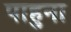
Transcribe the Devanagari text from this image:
पाहुना